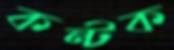
কন্টক